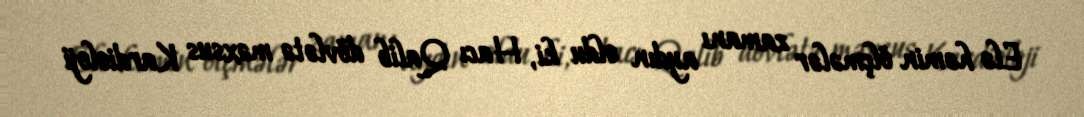
Elə həmin ölçmələr zamanı aydın oldu ki, Hacı Qalib dövlətə məxsus Kardioloji